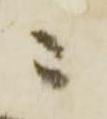
ニ